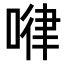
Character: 𠷈